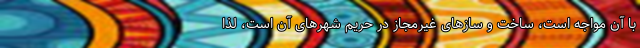
با آن مواجه است، ساخت و سازهای غیرمجاز در حریم شهرهای آن است، لذا